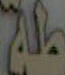
طبقة